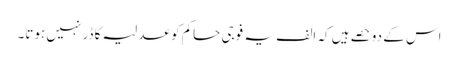
اس کے دو حصے ہیں کہ الف یہ فوجی حاکم کو عدلیہ کا ڈر نہیں ہوتا۔